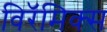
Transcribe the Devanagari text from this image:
विरॅमिक्स